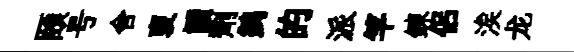
頤号舍褏讀劑鹢的派竿鍊侣涘龙